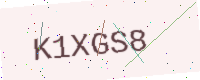
Text: K1XGS8